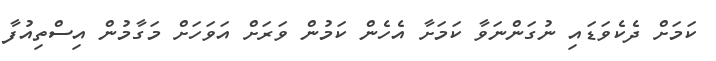
ކަމަށް ދެކެވަޑައި ނުގަންނަވާ ކަމަށާ އެހެން ކަމުން ވަރަށް އަވަހަށް މަގާމުން އިސްތިއުފާ